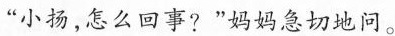
“小扬，怎么回事?”妈妈急切地问。